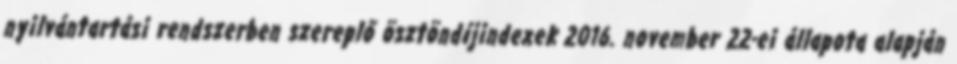
nyilvántartási rendszerben szereplő ösztöndíjindexek 2016. november 22-ei állapota alapján